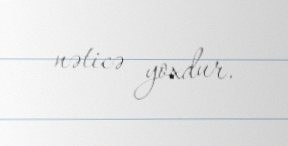
nəticə yoxdur.